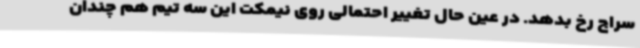
سراج رخ بدهد. در عین حال تغییر احتمالی روی نیمکت این سه تیم هم چندان